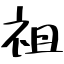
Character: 祖